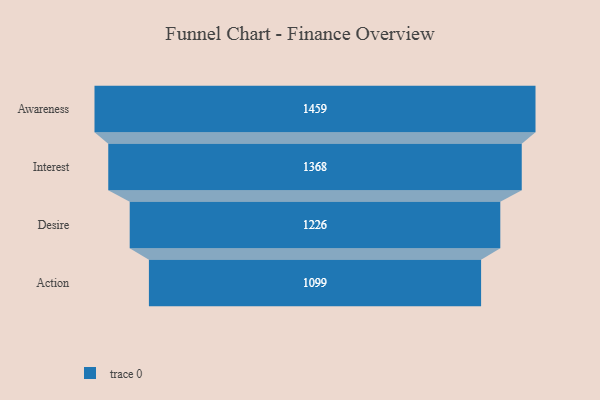
{"axis": {"x": "Stage", "y": "Value"}, "legend": [""], "data": [{"x": "Awareness", "y": 1459.0, "type": ""}, {"x": "Interest", "y": 1368.0, "type": ""}, {"x": "Desire", "y": 1226.0, "type": ""}, {"x": "Action", "y": 1099.0, "type": ""}]}